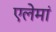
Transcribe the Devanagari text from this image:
एलेमां